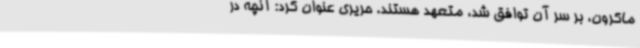
ماکرون، بر سر آن توافق شد، متعهد هستند. حریری عنوان کرد: آنچه در